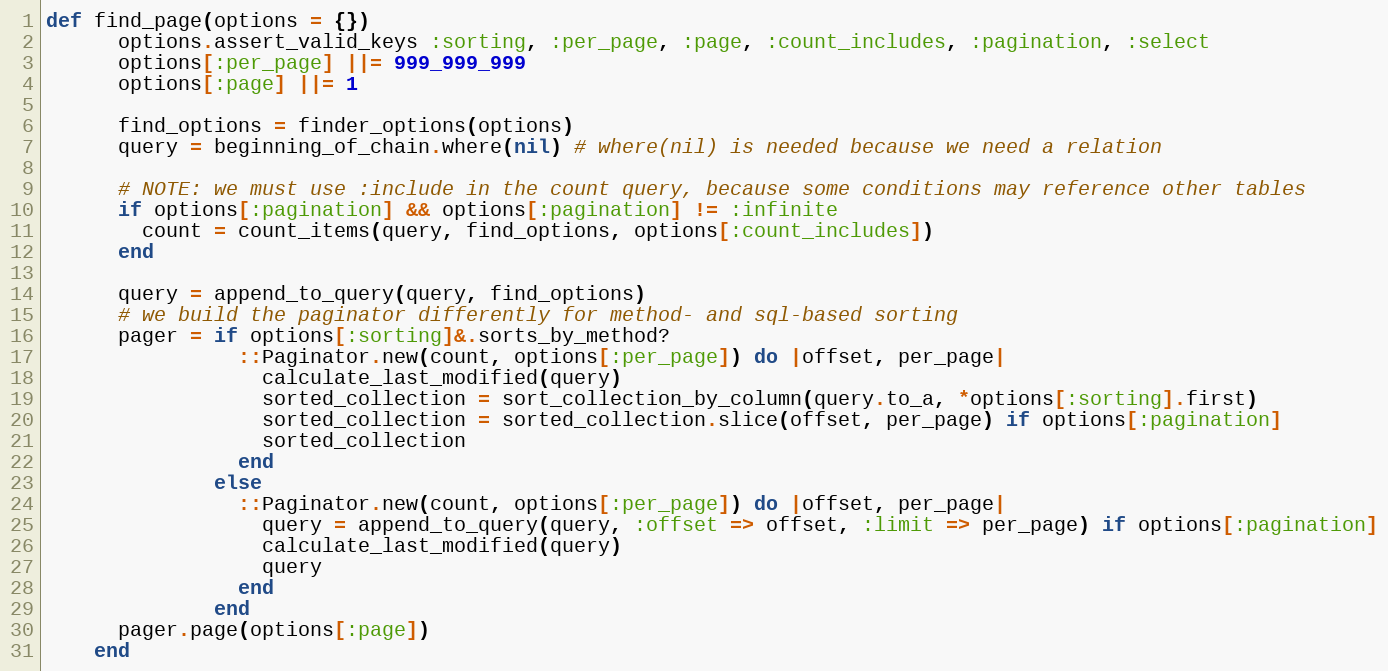
Language: Ruby
def find_page(options = {})
      options.assert_valid_keys :sorting, :per_page, :page, :count_includes, :pagination, :select
      options[:per_page] ||= 999_999_999
      options[:page] ||= 1

      find_options = finder_options(options)
      query = beginning_of_chain.where(nil) # where(nil) is needed because we need a relation

      # NOTE: we must use :include in the count query, because some conditions may reference other tables
      if options[:pagination] && options[:pagination] != :infinite
        count = count_items(query, find_options, options[:count_includes])
      end

      query = append_to_query(query, find_options)
      # we build the paginator differently for method- and sql-based sorting
      pager = if options[:sorting]&.sorts_by_method?
                ::Paginator.new(count, options[:per_page]) do |offset, per_page|
                  calculate_last_modified(query)
                  sorted_collection = sort_collection_by_column(query.to_a, *options[:sorting].first)
                  sorted_collection = sorted_collection.slice(offset, per_page) if options[:pagination]
                  sorted_collection
                end
              else
                ::Paginator.new(count, options[:per_page]) do |offset, per_page|
                  query = append_to_query(query, :offset => offset, :limit => per_page) if options[:pagination]
                  calculate_last_modified(query)
                  query
                end
              end
      pager.page(options[:page])
    end